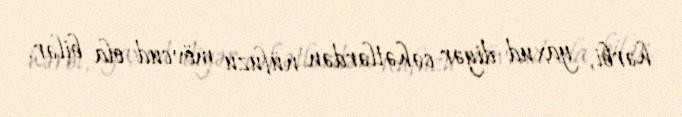
hərbi, yaxud digər cəhətlərdən nüfuzu mövcud ola bilər.